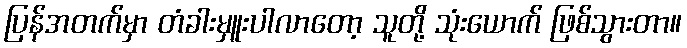
ပြန်အတက်မှာ တံခါးမှူးပါလာတော့ သူတို့ သုံးယောက် ဖြစ်သွားတာ။